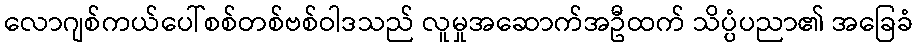
လောဂျစ်ကယ်ပေါ်စစ်တစ်ဗစ်ဝါဒသည် လူမှုအဆောက်အဦထက် သိပ္ပံပညာ၏ အခြေခံ